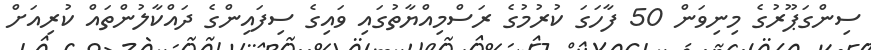
ސިންގަޕޫރުގެ މިނިވަން 50 ފާހަގަ ކުރުމުގެ ރަސްމިއްޔާތުގައި ވައިގެ ސިފައިންގެ ދައްކާލުންތައް ކުރިއަށް